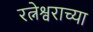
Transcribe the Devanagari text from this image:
रत्नेश्वराच्या